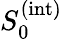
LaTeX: S_{0}^{(\mathrm{int})}